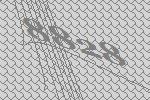
8828